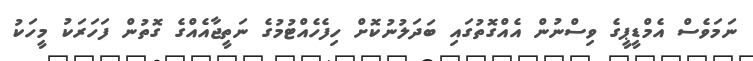
ނަމަވެސް އެމްޑީޕީގެ ވިސްނުން އެއްގޮތުގައި ބަދަލުނުކޮށް ހިފެހެއްޓުމުގެ ނަތީޖާއެއްގެ ގޮތުން ފަހަރަކު މީހަކު